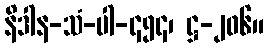
နိဒါန-သံ-ပါ-၄၅၄၊ ဋ္ဌ-၂၀၆။